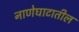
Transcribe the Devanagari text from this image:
नाणेघाटातील